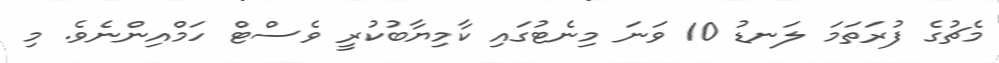
މެޗުގެ ފުރަތަމަ ލަނޑު 10 ވަނަ މިނެޓުގައި ކާމިޔާބުކުރީ ވެސްޓް ހަމްއިންނެވެ. މި